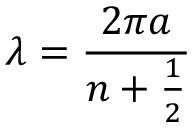
\lambda = \frac { 2 \pi a } { n + \frac { 1 } { 2 } }